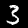
Label: 3